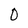
Character: 0